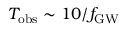
T _ { \mathrm { o b s } } \sim 1 0 / f _ { \mathrm { G W } }